EKP_Harju_Rajoonikomitee, lk 5
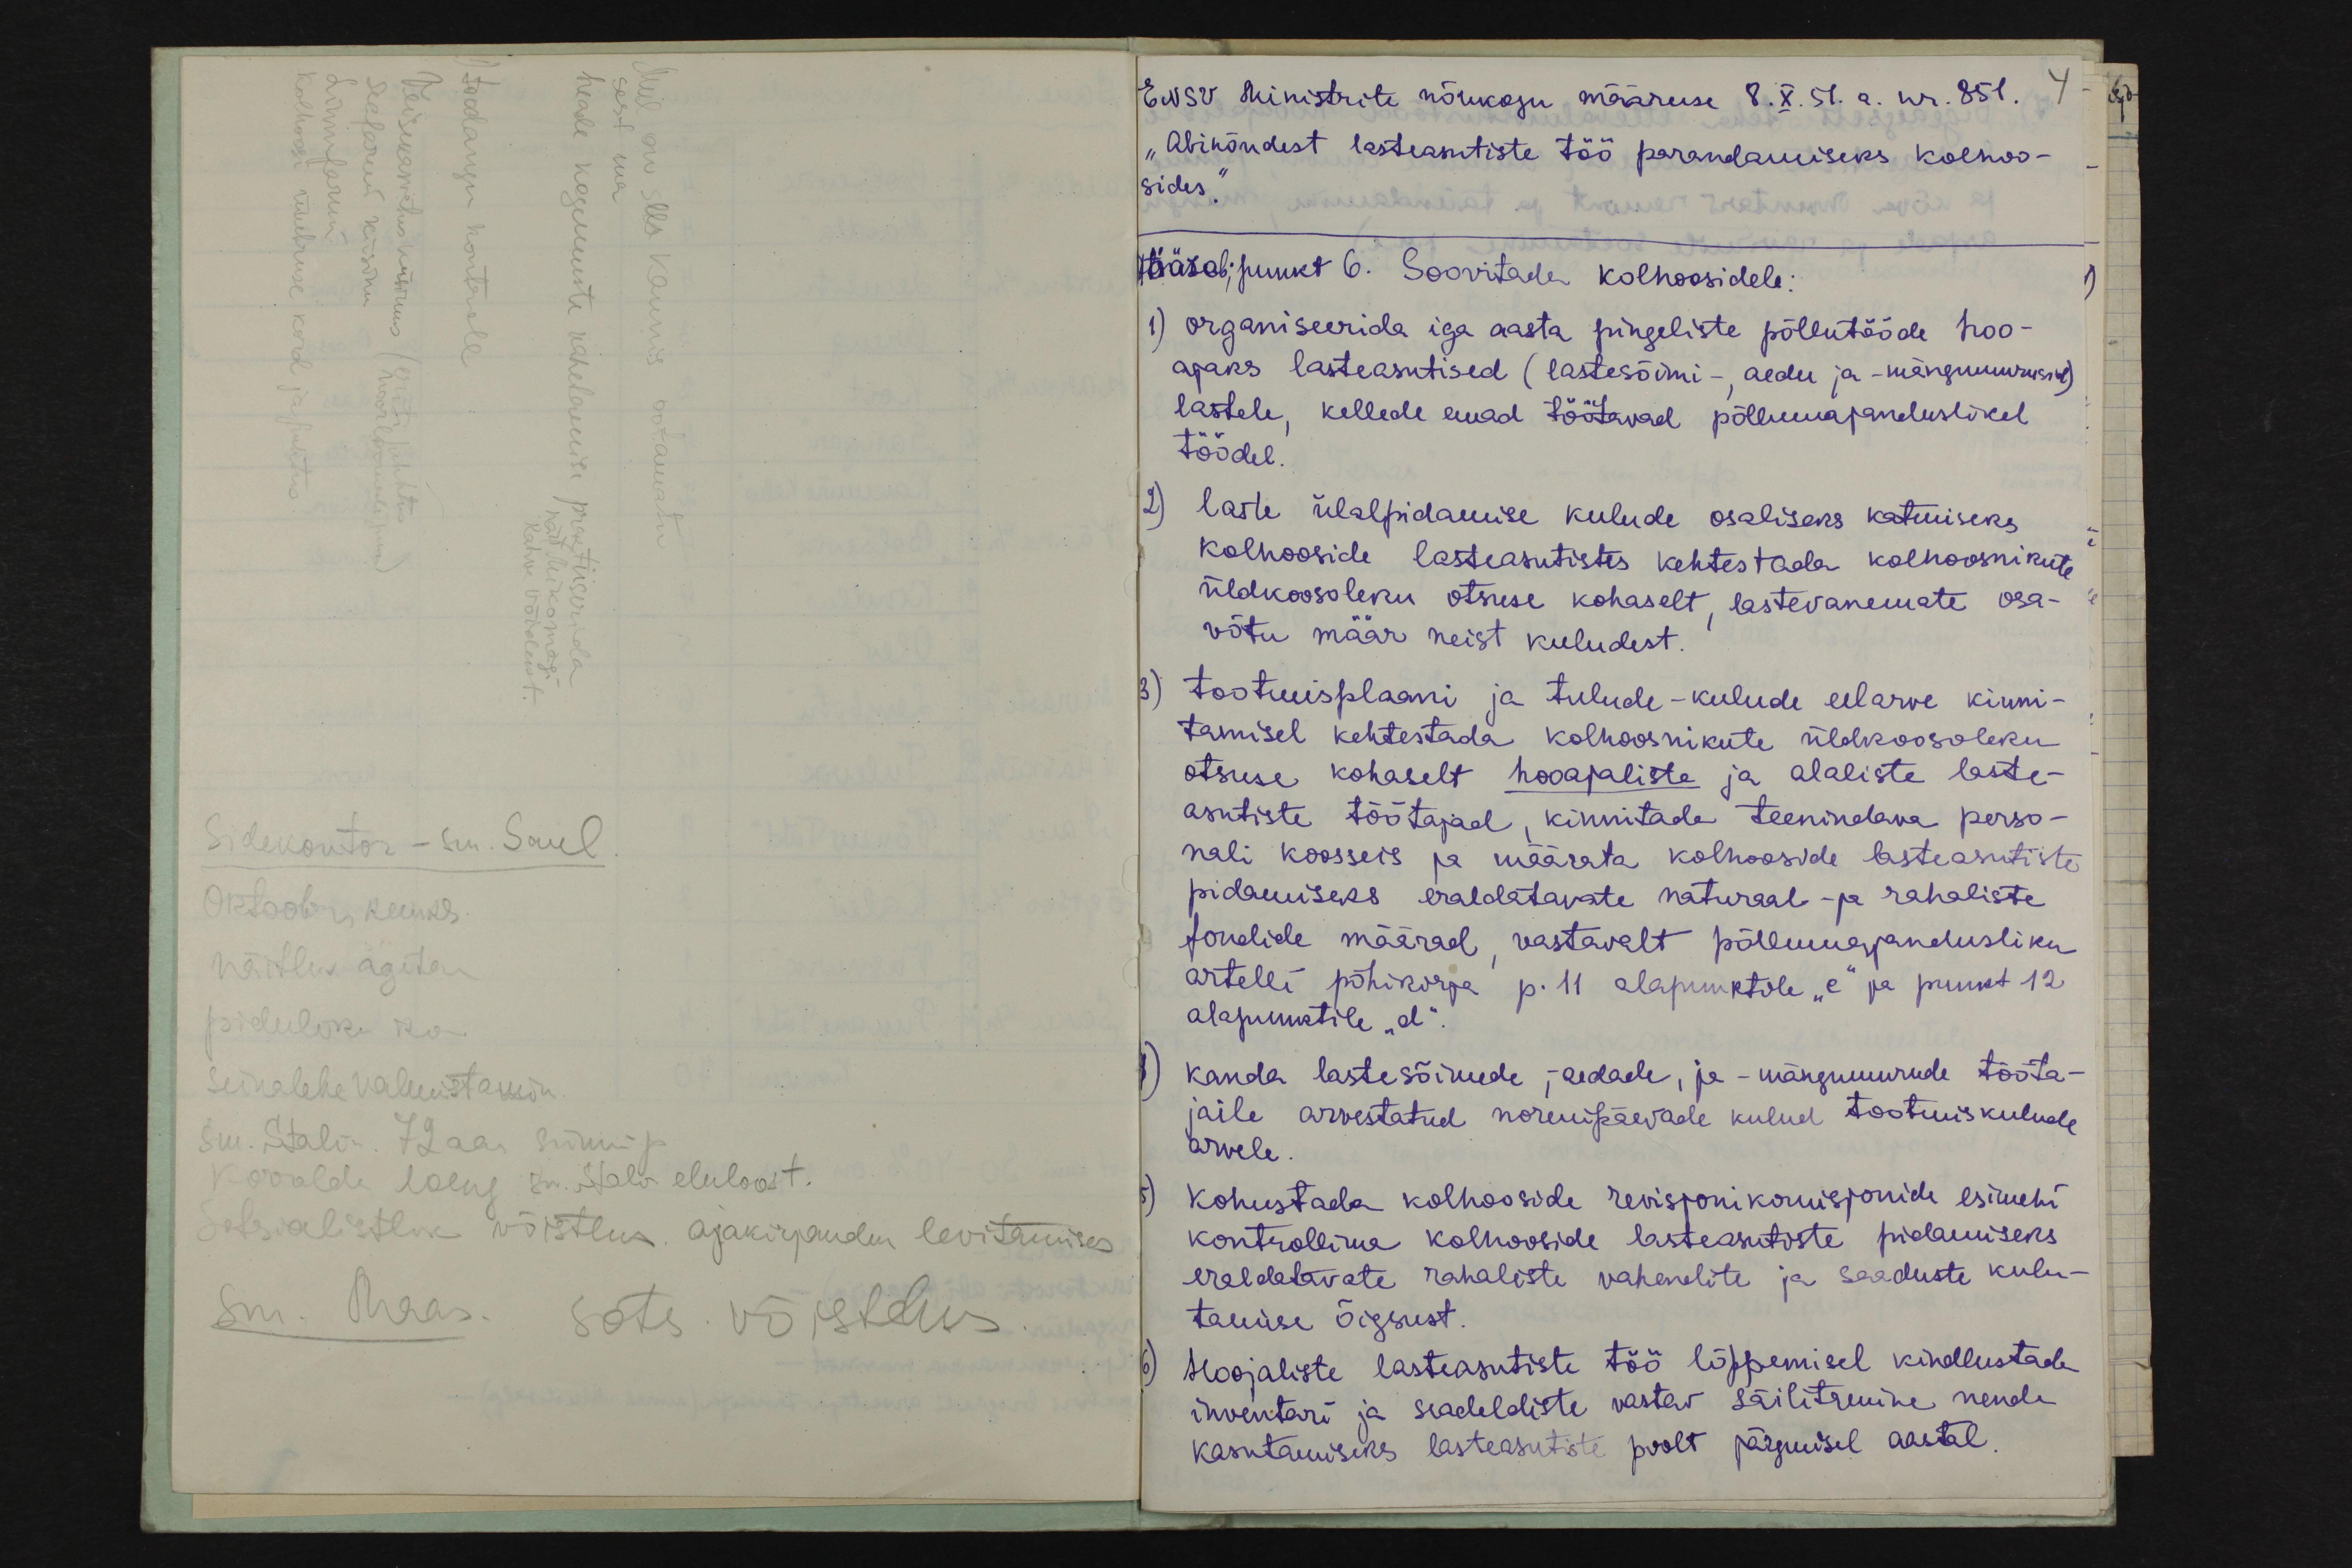
sest ma
Mul on see kaunis ootamatu
linnufarmi
seafarmi küsimus
toodangu kontroll
kolhoosi ümbruse kord ja puhtus
Veisekasvatuse küsimus (eriti puhttus
heade kogemuste vahetamise praktiseerida
noorloomade juures)
näit Mikomägi
Rahva Võidust
Sidekontor - sm. Saul
Oktoobri kuuks.
näitlus agitan
pidulik ko
seinalehe valumistamin
sm. Stalin 72 aas sünnip.
korralda laeng sm. Stali eluloot.
Sotsialistlik võistlus ajakirjandus levitamises,
sm. Maas. sots võistlus.

ENSV Ministrite nõukogu määruse 8. X. 51.a. nr. 851. 4
„Abinõudest lasteasutiste töö parandamiseks kolhoo-
sides."
jäärab; punkt 6. Soovitada kolhoosidele
1) organiseerida iga aasta pingeliste põllutööde hoo-
ajaks lasteasutised (lastesõimi - aedu ja -mängruumisid).
lastele, kellede emad töötavad põllumajanduslikel
töödel
2) laste ülalpidamise kulude osaliseks katmiseks
kolhooside lasteasutistes kehtestada kolhoosnikute
üldkoosoleku otsuse kohaselt, lastevanemate osa-
võtu määr neist kuludest.
3) tootmisplaani ja tulude - kulude eelarve kinni-
tamisel kehtestada kolhoosnikute üldkoosoleku
otsuse kohaselt hooajaliste ja alaliste laste-
asutiste töötajad, kinnitada teenindava perso-
nali koosseis ja määrata kolhooside lasteasutiste
pidamiseks eraldatavate naturaal- ja rahaliste
fondide määrad vastavalt põllumajandusliku
artelli põhikirja p. 11 alapunktile "e" ja punkt 12
alapunktile "d",
4) kanda lastesõimede, - aedade, ja - mängumurude tööta-
jaile arvestatud normipäevade kulud töötmiskulude
arvele.
5) kohustada kolhooside revisjonikomisjonide esimehi
kontrollima kolhooside lasteasutiste pidamiseks.
eraldatavate rahaliste vahendite ja saaduste kulu-
tamise õigsust
6) Hoojaliste lasteasutiste töö lõppemisel kindlustada
inventari ja seadeldiste vastav säilitamine nende
kasutamiseks lasteasutiste poolt järgmisel aastal.